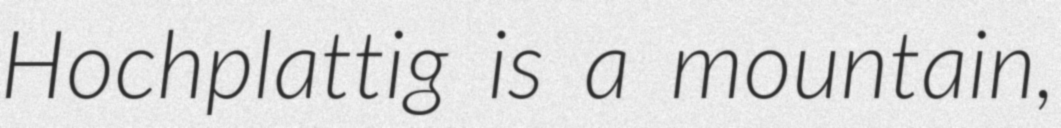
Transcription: Hochplattig is a mountain,